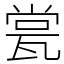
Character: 瓽